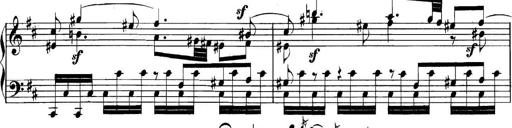
Title: Collected Piano Sonatas
Composer: Muzio Clementi